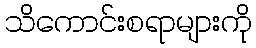
သိကောင်းစရာများကို